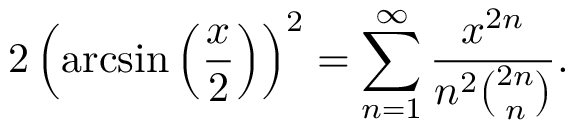
2 \left( \arcsin \left( { \frac { x } { 2 } } \right) \right) ^ { 2 } = \sum _ { n = 1 } ^ { \infty } { \frac { x ^ { 2 n } } { n ^ { 2 } { \binom { 2 n } { n } } } } .